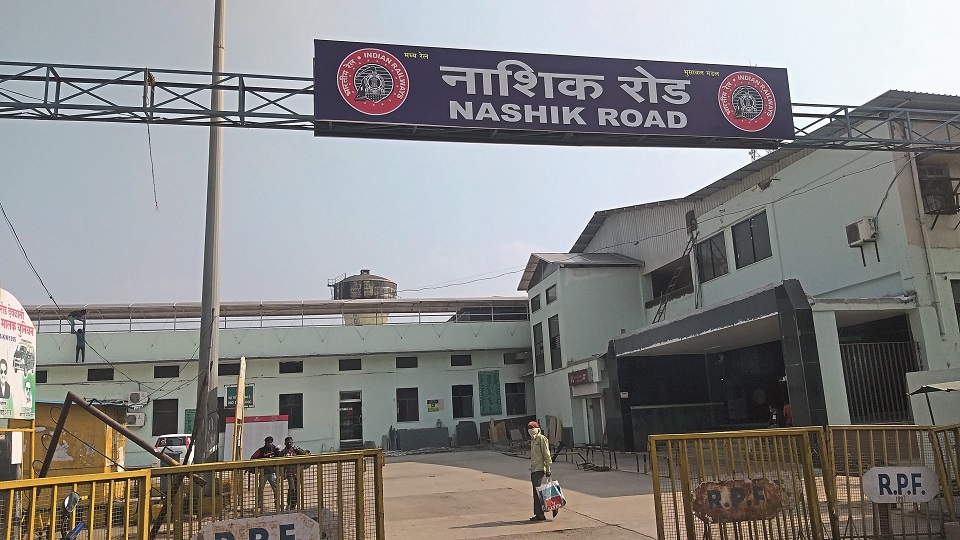
Language: marathi
Transcription: नाशिक मध्य रेल